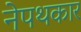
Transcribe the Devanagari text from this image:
नेपथकार